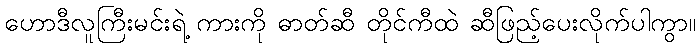
ဟောဒီလူကြီးမင်းရဲ့ ကားကို ဓာတ်ဆီ တိုင်ကီထဲ ဆီဖြည့်ပေးလိုက်ပါကွာ။